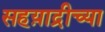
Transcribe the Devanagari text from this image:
सहय़ाद्रीच्या